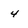
Character: 4